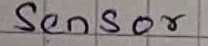
Text: Sensor